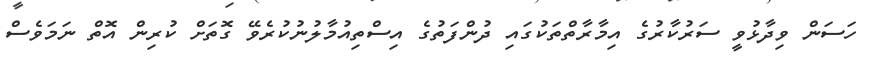
ހަސަން ވިދާޅުވީ ސަރުކާރުގެ އިމާރާތްތަކުގައި ދުންފަތުގެ އިސްތިއުމާލުނުކުރެވޭ ގޮތަށް ކުރިން އޮތް ނަމަވެސް